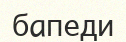
бапеди